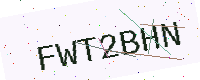
Text: FWT2BHN